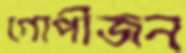
গোপীজন